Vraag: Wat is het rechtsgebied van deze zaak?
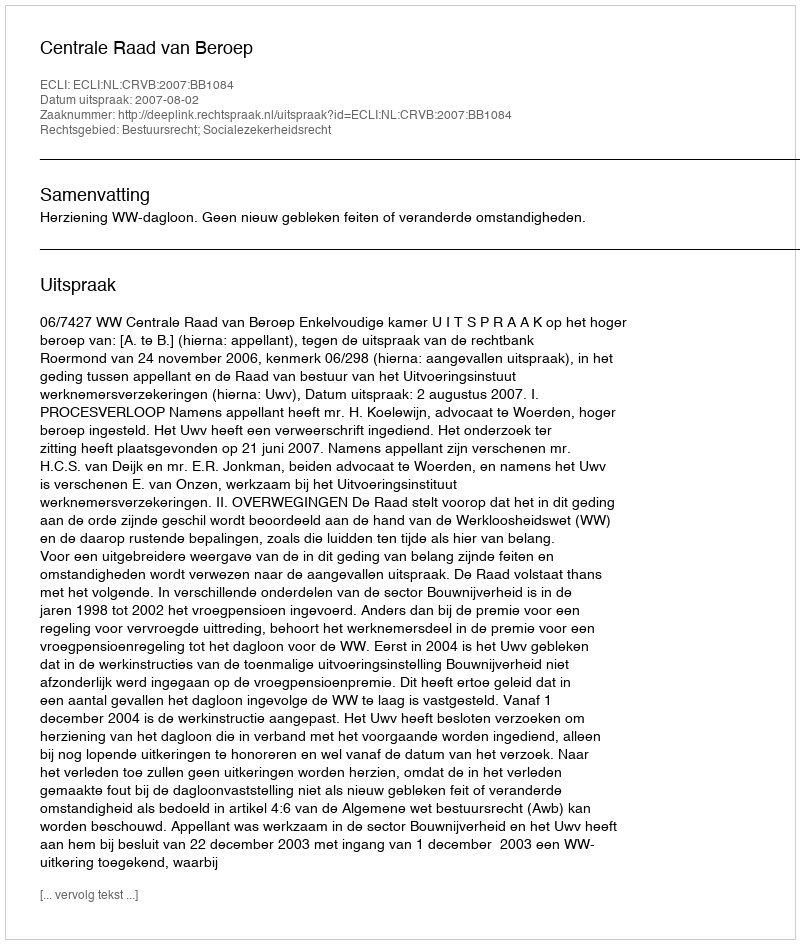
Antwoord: Bestuursrecht; Socialezekerheidsrecht